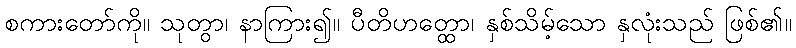
စကားတော်ကို။ သုတွာ၊ နာကြား၍။ ပီတိဟတ္ထော၊ နှစ်သိမ့်သော နှလုံးသည် ဖြစ်၏။